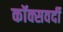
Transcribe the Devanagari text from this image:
कॉक्सवर्दी